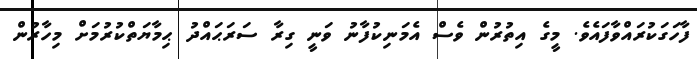
ފާހަގަކުރައްވާފައެވެެ. މީގެ އިތުރުން ވެސް އެމަނިކުފާނު ވަނީ ގިރާ ސަރަޙައްދު ޙިމާޔަތްކުރުމަށް މިހާރުން